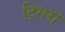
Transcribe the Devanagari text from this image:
ट्रिगरों